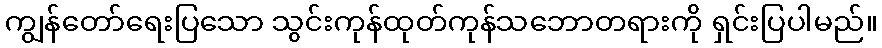
ကျွန်တော်ရေးပြသော သွင်းကုန်ထုတ်ကုန်သဘောတရားကို ရှင်းပြပါမည်။